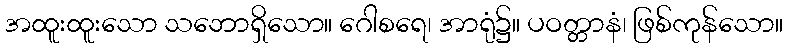
အထူးထူးသော သဘောရှိသော။ ဂေါစရေ၊ အာရုံ၌။ ပဝတ္တာနံ၊ ဖြစ်ကုန်သော။